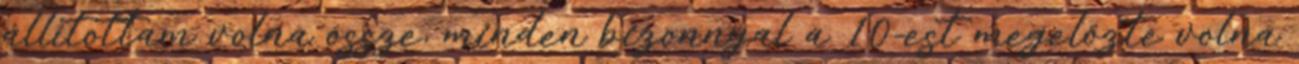
állítottam volna össze, minden bizonnyal a 10-est megelőzte volna